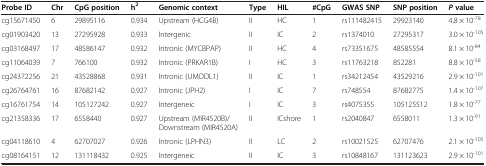
<table><thead><tr><td><b>Probe ID</b></td><td><b>Chr</b></td><td><b>CpG position</b></td><td><b>h<sup>2</sup></b></td><td><b>Genomic context</b></td><td><b>Type</b></td><td><b>HIL</b></td><td><b>#CpG</b></td><td><b>GWAS SNP</b></td><td><b>SNP position</b></td><td><b><i>P </i>value</b></td></tr></thead><tbody><tr><td>cg15671450</td><td>6</td><td>29895116</td><td>0.934</td><td>Upstream (HCG4B)</td><td>II</td><td>HC</td><td>1</td><td>rs111482415</td><td>29923140</td><td>4.8 × 10<sup>-78</sup></td></tr><tr><td>cg01903420</td><td>13</td><td>27295928</td><td>0.933</td><td>Intergenic</td><td>II</td><td>IC</td><td>2</td><td>rs1374010</td><td>27295317</td><td>3.0 × 10<sup>-105</sup></td></tr><tr><td>cg03168497</td><td>17</td><td>48586147</td><td>0.932</td><td>Intronic (MYCBPAP)</td><td>II</td><td>HC</td><td>4</td><td>rs73351675</td><td>48585554</td><td>8.1 × 10<sup>-84</sup></td></tr><tr><td>cg11064039</td><td>7</td><td>766100</td><td>0.932</td><td>Intronic (PRKAR1B)</td><td>I</td><td>HC</td><td>3</td><td>rs11763218</td><td>852281</td><td>8.8 × 10<sup>-58</sup></td></tr><tr><td>cg24372256</td><td>21</td><td>43528868</td><td>0.931</td><td>Intronic (UMODL1)</td><td>II</td><td>IC</td><td>1</td><td>rs34212454</td><td>43529216</td><td>2.9 × 10<sup>-101</sup></td></tr><tr><td>cg26764761</td><td>16</td><td>87682142</td><td>0.927</td><td>Intronic (JPH2)</td><td>I</td><td>IC</td><td>7</td><td>rs748554</td><td>87682775</td><td>1.4 × 10<sup>-107</sup></td></tr><tr><td>cg16761754</td><td>14</td><td>105127242</td><td>0.927</td><td>Intergeneic</td><td>I</td><td>IC</td><td>3</td><td>rs4075355</td><td>105125512</td><td>1.8 × 10<sup>-77</sup></td></tr><tr><td>cg21358336</td><td>17</td><td>6558440</td><td>0.927</td><td>Upstream (MIR4520B)/Downstream (MIR4520A)</td><td>II</td><td>ICshore</td><td>1</td><td>rs2040847</td><td>6558011</td><td>1.3 × 10<sup>-91</sup></td></tr><tr><td>cg04118610</td><td>4</td><td>62707027</td><td>0.926</td><td>Intronic (LPHN3)</td><td>II</td><td>LC</td><td>2</td><td>rs10021525</td><td>62707476</td><td>2.1 × 10<sup>-105</sup></td></tr><tr><td>cg08164151</td><td>12</td><td>131118432</td><td>0.925</td><td>Intergeneic</td><td>II</td><td>IC</td><td>3</td><td>rs10848167</td><td>131123623</td><td>2.9 × 10<sup>-101</sup></td></tr></tbody></table>